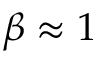
\beta \approx 1